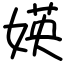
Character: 媖